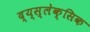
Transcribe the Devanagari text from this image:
द्य्स्लेक्सिक